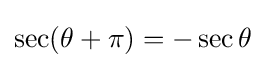
\sec(\theta +\pi )=-\sec \theta